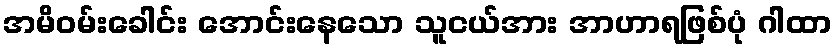
အမိဝမ်းခေါင်း အောင်းနေသော သူငယ်အား အာဟာရဖြစ်ပုံ ဂါထာ